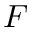
F